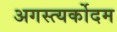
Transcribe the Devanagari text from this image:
अगस्त्यर्कोदम